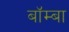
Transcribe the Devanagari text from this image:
बॉम्बा